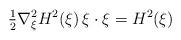
LaTeX: \begin{align*} \tfrac{1}{2} \nabla^2_\xi H^2(\xi)\,\xi \cdot \xi =H^2(\xi)\end{align*}